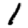
Digit: 1